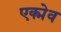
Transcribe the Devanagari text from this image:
एक्मेव